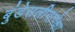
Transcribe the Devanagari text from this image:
बुंडेसलीगापेक्षा